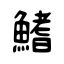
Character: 鰭